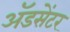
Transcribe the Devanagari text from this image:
ॲडसेंटर